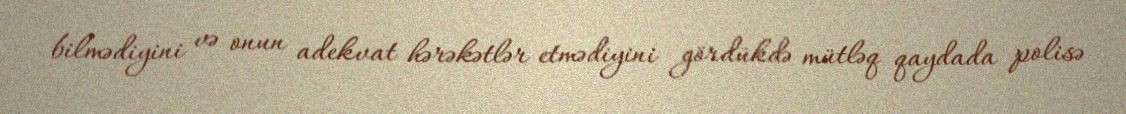
bilmədiyini və onun adekvat hərəkətlər etmədiyini gördükdə mütləq qaydada polisə